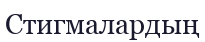
Стигмалардың